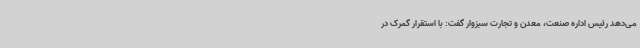
می‌دهد رئیس اداره صنعت، معدن و تجارت سبزوار گفت: با استقرار گمرک در